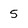
Character: 5